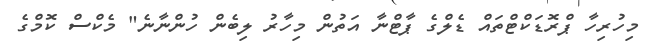
މިހުރިހާ ޕްރޮޑަކްޓްތައް ޑެލްގެ ޕާޓްނާ އަތުން މިހާރު ލިބެން ހުންނާނެ" މެކްސް ކޮމްގެ